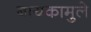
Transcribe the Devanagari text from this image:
बायकामुले